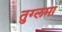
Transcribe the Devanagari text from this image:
तुग्लमा